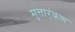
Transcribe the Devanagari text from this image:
मुत्तार्ंकण